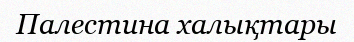
Палестина халықтары